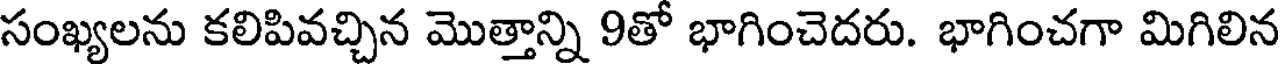
సంఖ్యలను కలిపివచ్చిన మొత్తాన్ని 9తో భాగించెదరు. భాగించగా మిగిలిన